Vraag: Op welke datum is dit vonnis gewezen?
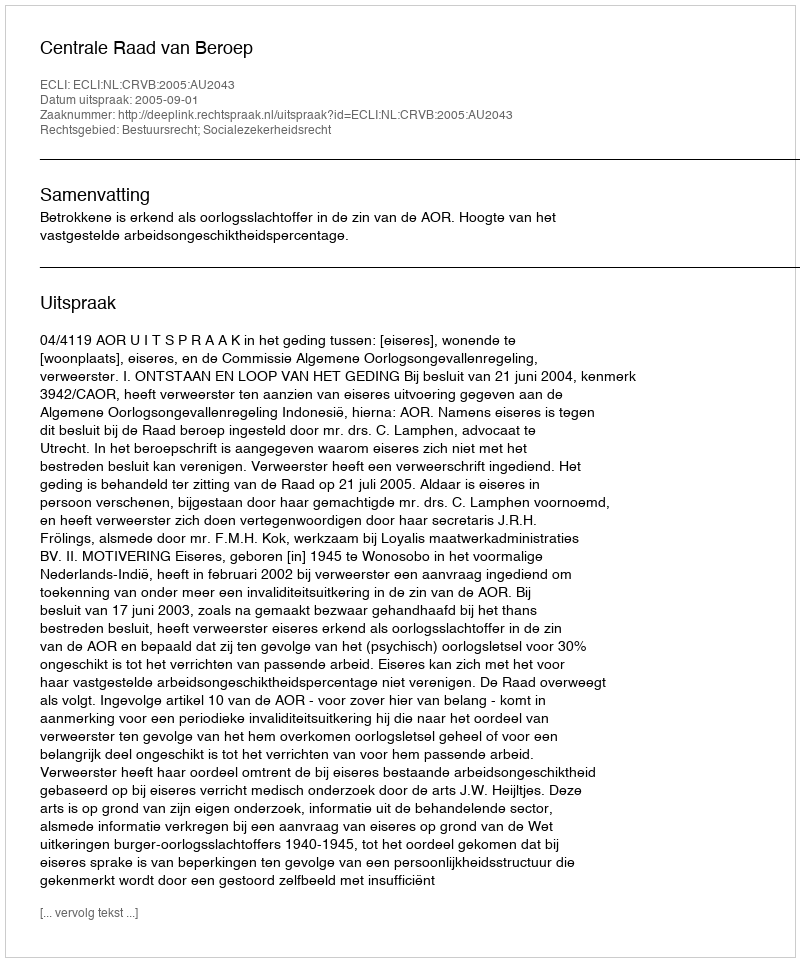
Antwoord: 2005-09-01